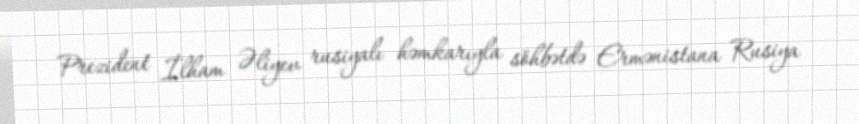
Prezident İlham Əliyev rusiyalı həmkarıyla söhbətdə Ermənistana Rusiya